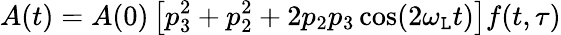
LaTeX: A(t)=A(0)\left[p_{3}^{2}+p_{2}^{2}+2p_{2}p_{3}\cos(2\omega_{\mathtt{L}}t)\right]f(t,\tau)